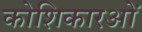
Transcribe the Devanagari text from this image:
कोशिकारओं